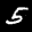
Label: 5